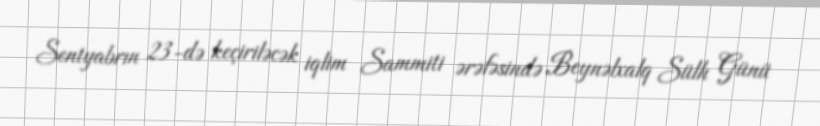
Sentyabrın 23-də keçiriləcək iqlim Sammiti ərəfəsində Beynəlxalq Sülh Günü